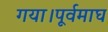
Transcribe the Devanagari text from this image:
गया।पूर्वमाघ